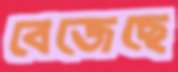
বেজেছে